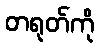
တရုတ်ကို